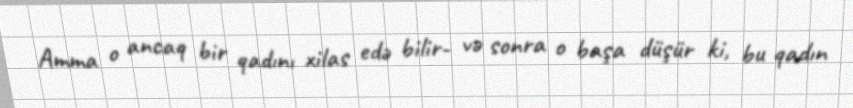
Amma o ancaq bir qadını xilas edə bilir- və sonra o başa düşür ki, bu qadın